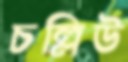
চল্লিউ